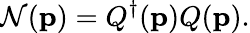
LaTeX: \mathcal{N}({\mathbf{p}})=Q^{\dagger}({\mathbf{p}})Q({\mathbf{p}}).